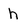
Character: h